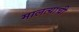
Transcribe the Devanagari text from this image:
मालत्याची